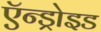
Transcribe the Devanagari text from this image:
ऍन्ड्रोइड